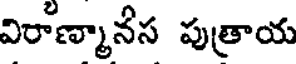
విరాణ్మానేస పుత్రాయ